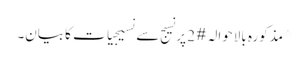
^ مذکورہ بالاحوالہ #2 پر نسیج سے نسیجیات کا بیان۔